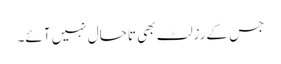
جس کےرزلٹ بھی تاحال نہیں آئے۔